Vaccination in Bombay 1913-1923 - 1913-1923
Year: 1913
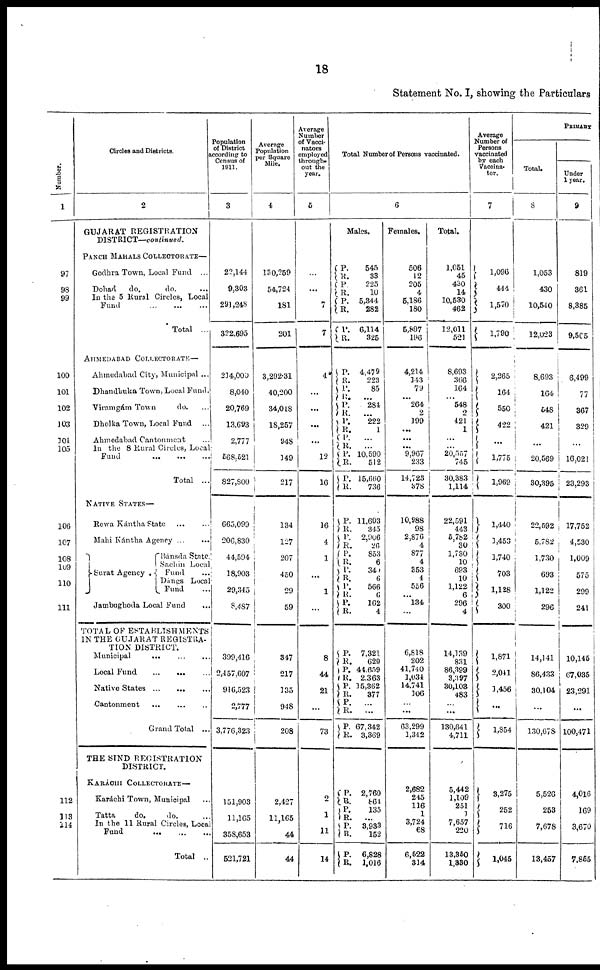
18
Statement No. I, showing the Particulars
Number.
1
97
98
99
100
101
102
103
104
105
106
107
108
109
110
111
112
113
114
Circles and Districts.
2
GUJARAT REGISTRATION
DISTRICT—continued.
PANCH MAHALS COLLECTORATE—
Godhra Town, Local Fund ...
Dohad
do.
do. ...
In the 5 Rural Circles, Local
Fund
...
...
...
Total ...
AHMEDABAD COLLECTORATE —
Ahmedabad City, Municipal ...
Dhandhuka Town, Local Fund.
Viramgám Town
do. ...
Dholka Town, Local Fund ...
Ahmedabad Cantonment
...
In the 8 Rural Circles, Local
Fund ... ... ...
Total ...
NATIVE STATES—
Rewa Kántha State
...
...
Mahi Kántha Agency
...
...
Surat
Agency.
Bánsda State.
Sachin Local
Fund ...
Dángs Local
Fund ...
Jambughoda Local Fund ...
TOTAL OF ESTABLISHMENTS
IN THE GUJARAT REGISTRA-
TION DISTRICT.
Municipal
...
...
...
Local Fund ... ... ...
Native States ... ... ...
Cantonment ... ... ...
Grand Total ...
THE BIND REGISTRATION
DISTRICT.
KARÁCHI COLLECTORATE—
Karáchi Town, Municipal ...
Tatta
do.
do. ...
In the 11 Rural Circles, Local
Fund
...
...
...
Total ..
Population
of District
according to
Census of
1911.
3
22,144
9,303
291,248
322,695
214,000
8,040
20,769
13,693
2,777
568,521
827,800
665,099
206,830
44,594
18,903
29,345
8,487
399,416
2,457,607
916,523
2,777
3,776,323
151,903
11,165
358,653
521,721
Average
Population
per Square
Mile.
4
130,259
54,724
181
201
3,292.31
40,200
34,018
18,257
948
149
217
134
127
207
450
29
59
347
217
135
948
208
2,427
11,165
44
44
Average
Number
of Vacci-
nators
employed
through-
out the
year.
5
...
...
7
7
4
...
...
...
...
12
16
16
4
1
...
1
...
8
44
21
...
73
2
1
11
14
Total Number of Persons vaccinated.
6
Males.
P. R.
P.
R.
P.
R.
P.
R.
P.
R.
P.
R.
P.
R.
P.
R.
P.
R. P.
R.
P.
R.
P.
R.
P.
R.
P.
R.
P.
R. P.
R.
P.
R.
P.
R.
P.
R.
P.
R.
P.
R.
P.
R.
P.
R.
P.
R.
P.
R.
P.
R.
545
33
225
10
5,344
282
6,114
325
4,479
223
85
...
284
...
222
1
...
...
10,590
512
15,660
736
11,603
345
2,906
26
853
6
340
6
566
6
162
4
7,321
629
44,659
2,363
15,362
377
...
...
67,342
3,369
2,760
864
135
...
3,933
152
6,828
1,016
Females.
506
12
205
4
5,186
180
5,897
196
4,214
143
79
...
264
2
199
...
...
...
9,967
233
14,723
378
10,988
98
2,876
4
877
4
353
4
556
...
134
...
6,818
202
41,740
1,034
14,741
106
...
...
63,299
1,342
2,682
116
1
3,724 3,724
68
6,522
314
Total.
1,051
45
430
14
10,530
462
12,011
521
8,693
366
164
...
548
2
421
1
...
...
20,557
745
30,383
1,114
22,591
443
5,782
30
1,730
10
693
10
1,122
6
296
4
14,139
831
86,399
3,397
30,103
483
...
...
130,641
4,711
5,442
1,109
1
7,657
7,657
220
13,350
1,330
Average
Number of
Persons
vaccinated
by each
Vaccina-
tor.
7
1,096
444
1,570
1,790
2,265
164
550
422
...
1,775
1,969
1,440
1,453
1,740
703
1,128
300
1,871
2,041
1,456
...
1,854
3,275
252
716
1,045
PRIMARY
Total.
8
1,053
430
10,540
12,023
8,693
164
548
421
...
20,569
30,395
22,592
5,782
1,730
693
1,122
296
14,141
86,433
30,104
...
130,678
5,526
253
7,678
13,457
Under
1 year.
9
819
361
8,385
9,565
6,499
77
367
329
...
16,021
23,293
17,752
4,530
1,009
575
299
241
10,145
67,035
23,291
...
100,471
4,016
169
3,670
7,855